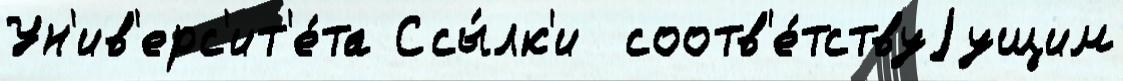
Ун'ив'ерс'ит'е́та Ссы́лк'и  соотв'е́тствуjущим